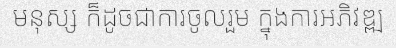
មនុស្ស ក៏ដូចជាការចូលរួម ក្នុងការអភិវឌ្ឍ